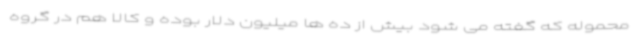
محموله که گفته می شود بیش از ده ها میلیون دلار بوده و کالا هم در گروه